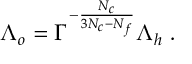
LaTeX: \Lambda _ { o } = \Gamma ^ { - { \frac { N _ { c } } { 3 N _ { c } - N _ { f } } } } \Lambda _ { h } \; .